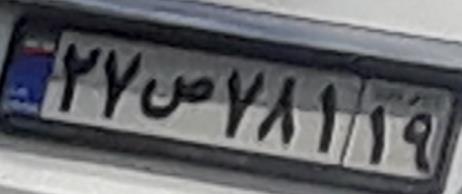
۲۷ص۷۸۱۱۹